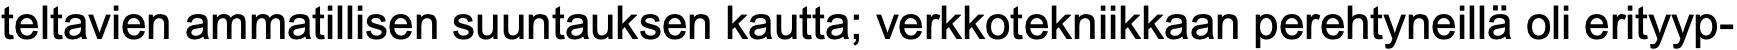
teltavien ammatillisen suuntauksen kautta; verkkotekniikkaan perehtyneillä oli erityyp-